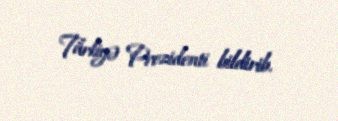
Türkiyə Prezidenti bildirib.